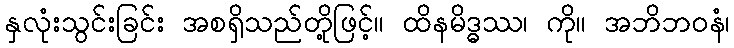
နှလုံးသွင်းခြင်း အစရှိသည်တို့ဖြင့်။ ထိနမိဒ္ဓဿ၊ ကို။ အဘိဘဝနံ၊